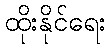
ထိုးနိုင်ရေး